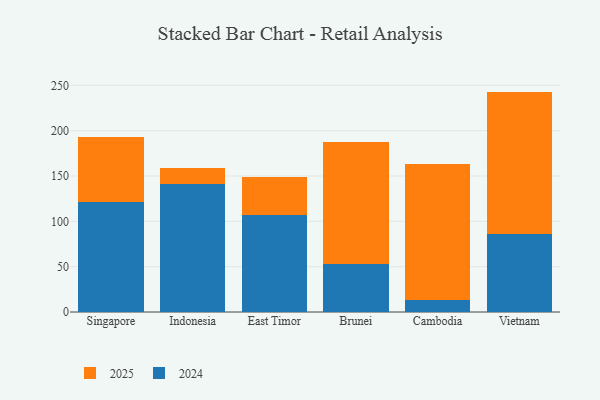
{"axis": {"x": "Country", "y": "Website Visitors"}, "legend": ["2024", "2025"], "data": [{"x": "Singapore", "y": 71.9, "type": "2025"}, {"x": "Singapore", "y": 121.3, "type": "2024"}, {"x": "Indonesia", "y": 17.2, "type": "2025"}, {"x": "Indonesia", "y": 141.6, "type": "2024"}, {"x": "East Timor", "y": 41.8, "type": "2025"}, {"x": "East Timor", "y": 107.1, "type": "2024"}, {"x": "Brunei", "y": 135.4, "type": "2025"}, {"x": "Brunei", "y": 52.4, "type": "2024"}, {"x": "Cambodia", "y": 150.1, "type": "2025"}, {"x": "Cambodia", "y": 13.3, "type": "2024"}, {"x": "Vietnam", "y": 157.0, "type": "2025"}, {"x": "Vietnam", "y": 86.1, "type": "2024"}]}